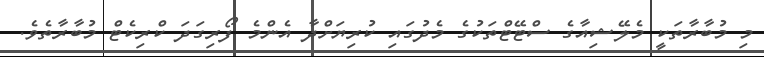
މި މުބާރާތަކީ މެލޭޝިއާގެ ސްޓޭޓްތަކުގެ މެދުގައި ކުރިޔަށްދާ އެންމެ ފޯރިގަދަ ކްރިކެޓް މުބާރާތެވެ.